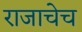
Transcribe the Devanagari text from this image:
राजाचेच